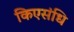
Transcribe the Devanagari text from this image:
किएसंधि